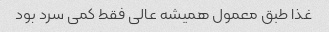
غذا طبق معمول همیشه عالی فقط کمی سرد بود